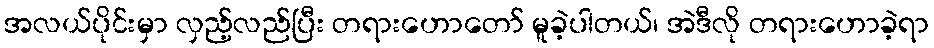
အလယ်ပိုင်းမှာ လှည့်လည်ပြီး တရားဟောတော် မူခဲ့ပါတယ်၊ အဲဒီလို တရားဟောခဲ့ရာ